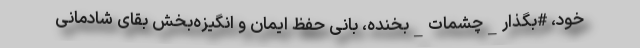
خود، #بگذار_چشمات_بخنده، بانی حفظ ایمان و انگیزه‌بخش بقای شادمانی